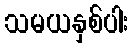
သမယနှစ်ပါး